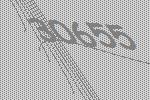
30655